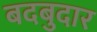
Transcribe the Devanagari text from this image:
बदबुदार